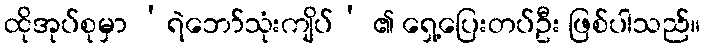
ထိုအုပ်စုမှာ ‘ရဲဘော်သုံးကျိပ်’ ၏ ရှေ့ပြေးတပ်ဦး ဖြစ်ပါသည်။